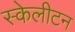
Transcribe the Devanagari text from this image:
स्केलीटन